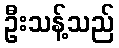
ဦးသန့်သည်